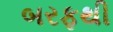
બરફથી